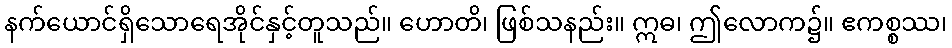
နက်ယောင်ရှိသောရေအိုင်နှင့်တူသည်။ ဟောတိ၊ ဖြစ်သနည်း။ ဣဓ၊ ဤလောက၌။ ဧကစ္စဿ၊